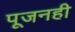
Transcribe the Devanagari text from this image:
पूजनही